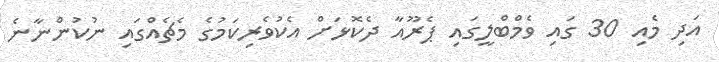
އަދި މެއި 30 ގައި ވެމްބްލީގައި ޕެރޫއާ ދެކޮޅަށް އެކުވެރިކަމުގެ މެޗެއްގައި ނުކުންނާނެ